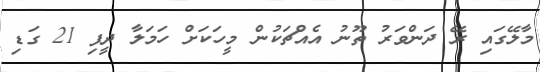
މާލޭގައި ރޭ ދަންވަރު ތޫނު އެއްޗަކުން މީހަކަށް ހަމަލާ ދީފި 21 ގަޑި